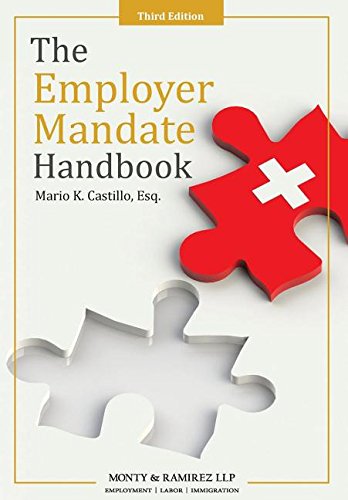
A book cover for The Employer Mandate Handbook: Third Edition; Mario K Castillo; Business & Money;